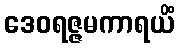
ဒေဝရဇ္ဇမကာရယိံ